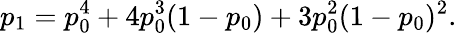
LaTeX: p_{1}=p_{0}^{4}+4p_{0}^{3}(1-p_{0})+3p_{0}^{2}(1-p_{0})^{2}.